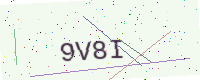
Text: 9V8I